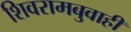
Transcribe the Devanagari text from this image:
शिवरामबुवाही